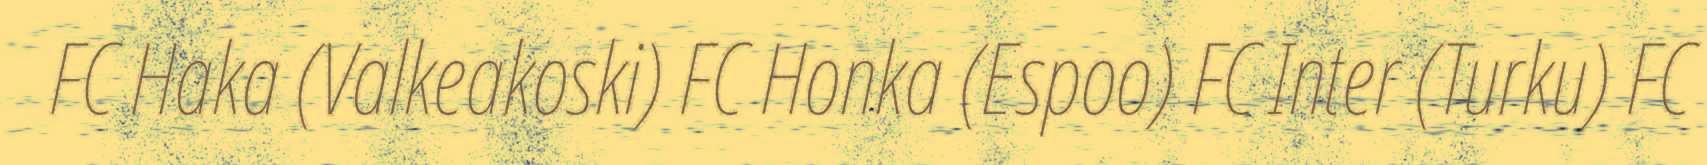
FC Haka (Valkeakoski) FC Honka (Espoo) FC Inter (Turku) FC